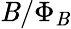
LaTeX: \mathit{B}/\Phi_{\mathit{B}}